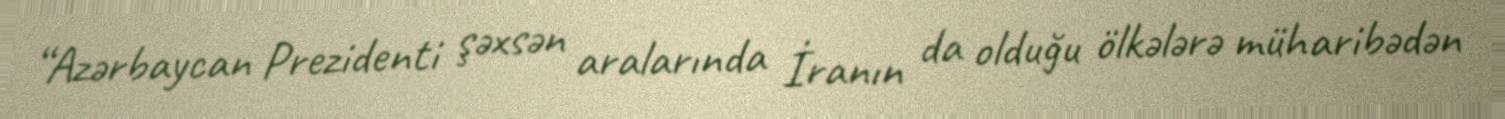
“Azərbaycan Prezidenti şəxsən aralarında İranın da olduğu ölkələrə müharibədən